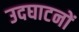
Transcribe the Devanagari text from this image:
उदघाटनों